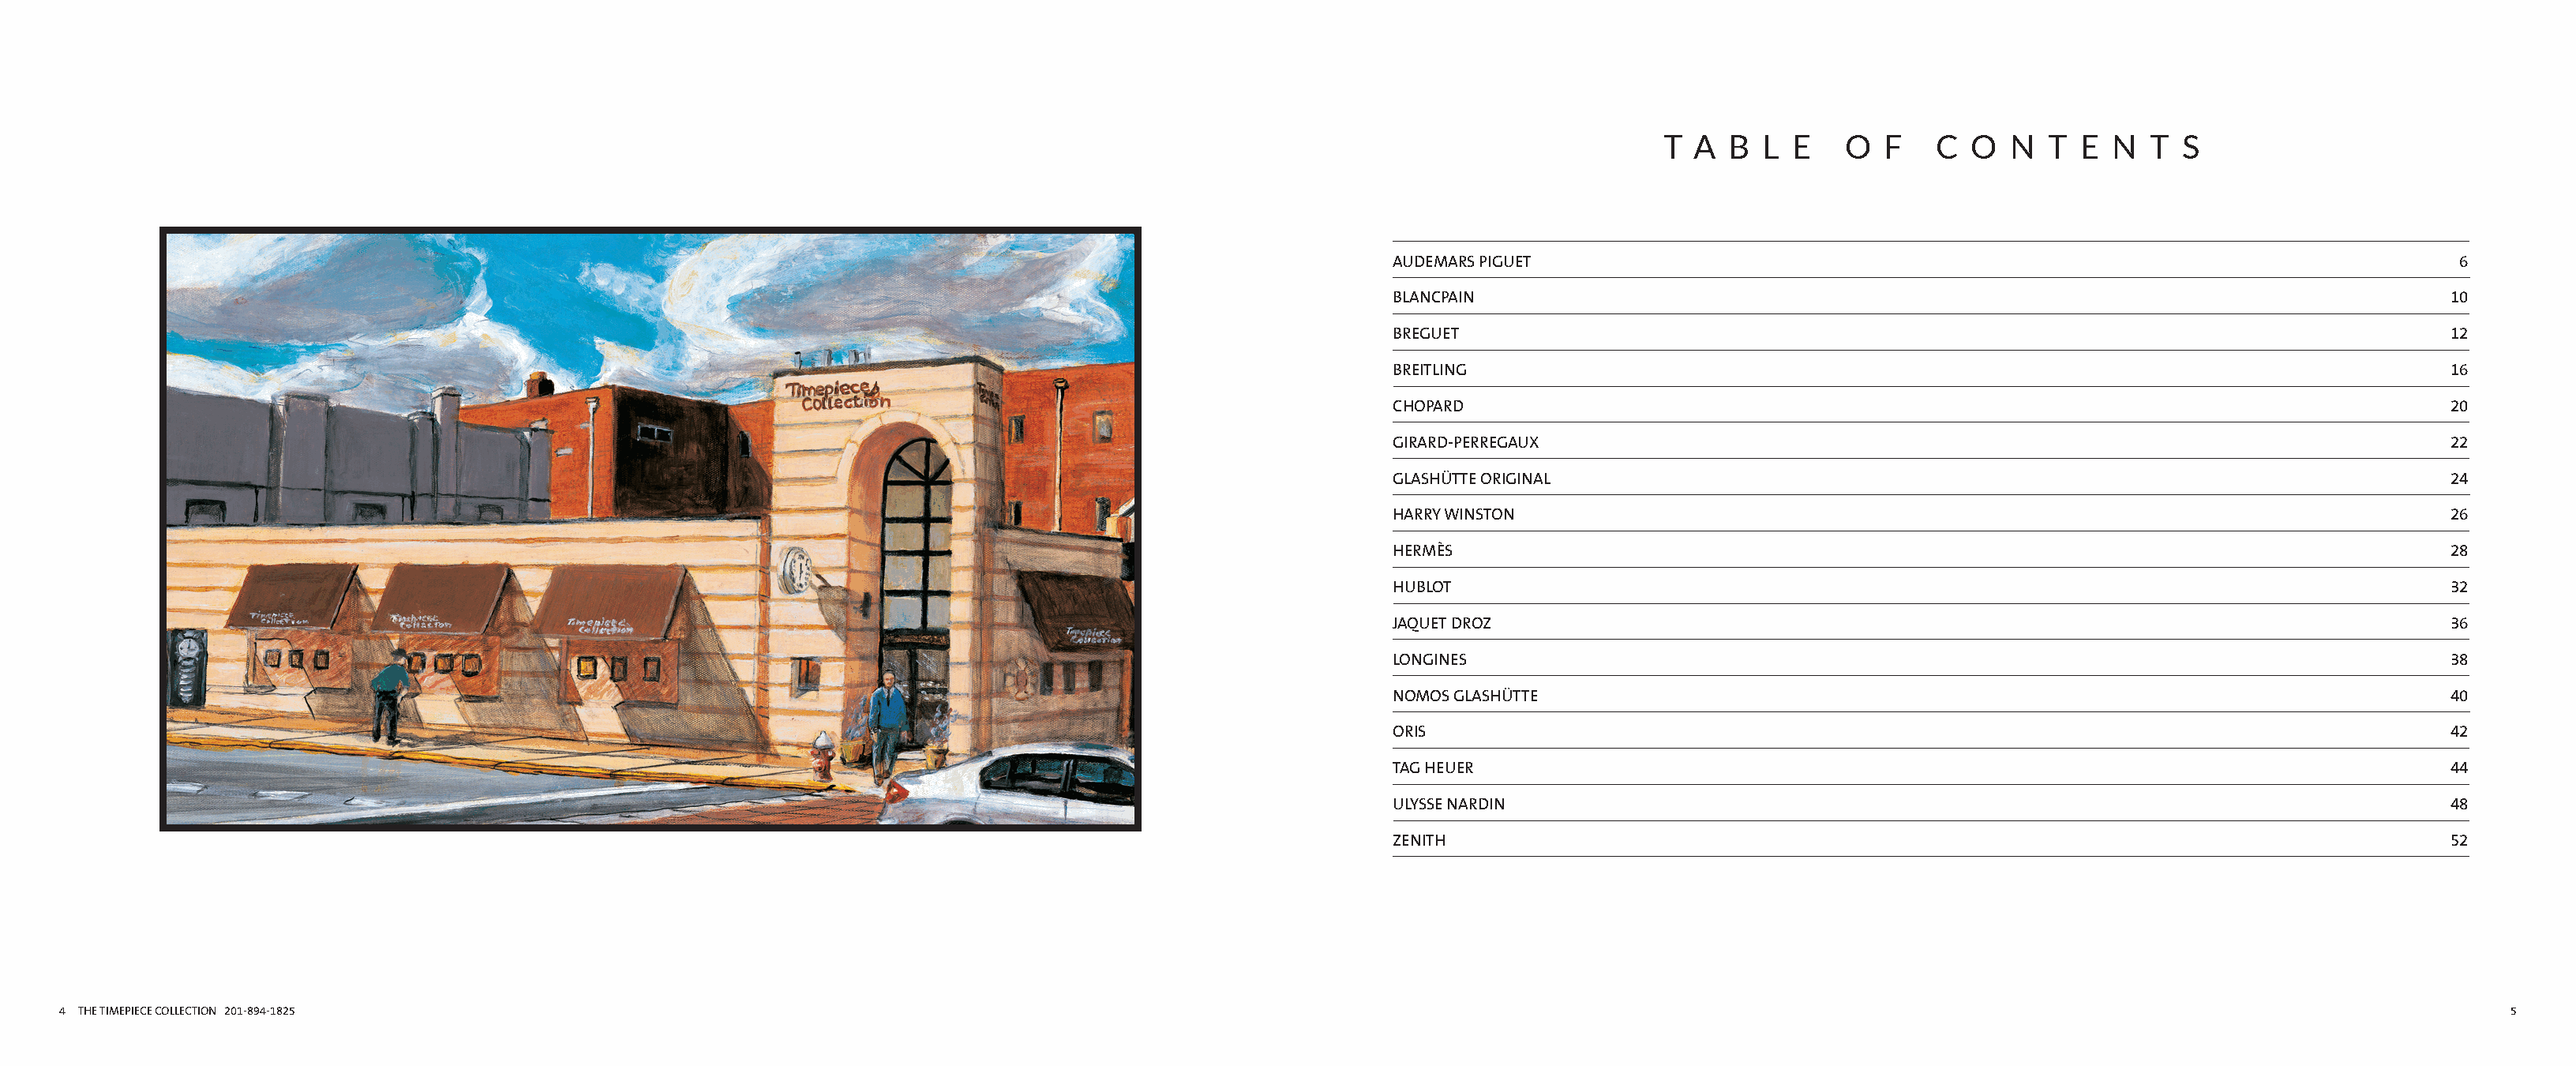
Alternate Insight ai135487b_04 Proof 1                                                              Alternate Insight ai135487b_05 Proof 1
 FullCatalogMech Text                                                                                      FullCatalogMech Text
 T  A  B  L E    O  F   C  O   N  T E  N  T  S
 AUDEMARS PIGUET                                                                          6
 BLANCPAIN                                                                               10
 BREGUET                                                                                 12
 BREITLING                                                                               16
 CHOPARD                                                                                 20
 GIRARD-PERREGAUX                                                                        22
 GLASHÜTTE ORIGINAL                                                                      24
 HARRY WINSTON                                                                           26
 HERMÈS                                                                                  28
 HUBLOT                                                                                  32
 JAQUET DROZ                                                                             36
 LONGINES                                                                                38
 NOMOS GLASHÜTTE                                                                         40
 ORIS                                                                                    42
 TAG HEUER                                                                               44
 ULYSSE NARDIN                                                                           48
 ZENITH                                                                                  52
 44 TTHHEE TTIIMMEEPPIIEECCEE CCOOLLLLEECCTTIIOONN 220011--889944--11882255                                                                                                                             55
 Cyan Magenta Yellow Black                                                                                   Cyan Magenta Yellow Black